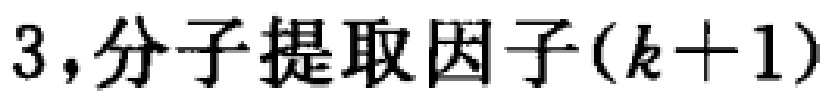
3,分子提取因子\((k + 1)\)